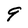
Character: 9